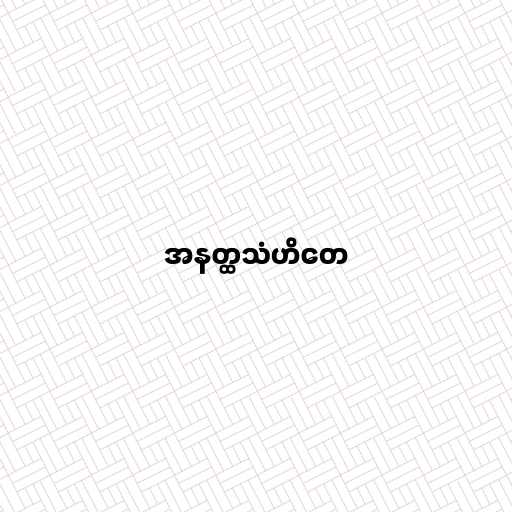
အနတ္ထသံဟိတေ